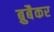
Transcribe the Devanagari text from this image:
ब्रुबैकर